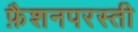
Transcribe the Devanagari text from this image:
फ़ैशनपरस्ती